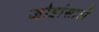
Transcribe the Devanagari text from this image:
जोडांसाठी